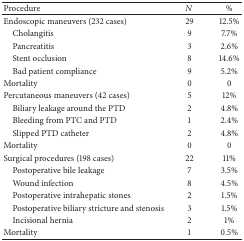
| Procedure | N | % |
 | --- | --- | --- |
 | Endoscopic maneuvers (232 cases) | 29 | 12.5% |
 | Cholangitis | 9 | 7.7% |
 | Pancreatitis | 3 | 2.6% |
 | Stent occlusion | 8 | 14.6% |
 | Bad patient compliance | 9 | 5.2% |
 | Mortality | 0 | 0 |
 | Percutaneous maneuvers (42 cases) | 5 | 12% |
 | Biliary leakage around the PTD | 2 | 4.8% |
 | Bleeding from PTC and PTD | 1 | 2.4% |
 | Slipped PTD catheter | 2 | 4.8% |
 | Mortality | 0 | 0 |
 | Surgical procedures (198 cases) | 22 | 11% |
 | Postoperative bile leakage | 7 | 3.5% |
 | Wound infection | 8 | 4.5% |
 | Postoperative intrahepatic stones | 2 | 1.5% |
 | Postoperative biliary stricture and stenosis | 3 | 1.5% |
 | Incisional hernia | 2 | 1% |
 | Mortality | 1 | 0.5% |